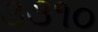
૩૩૧૦